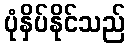
ပုံနှိပ်နိုင်သည်